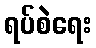
ရပ်စဲရေး